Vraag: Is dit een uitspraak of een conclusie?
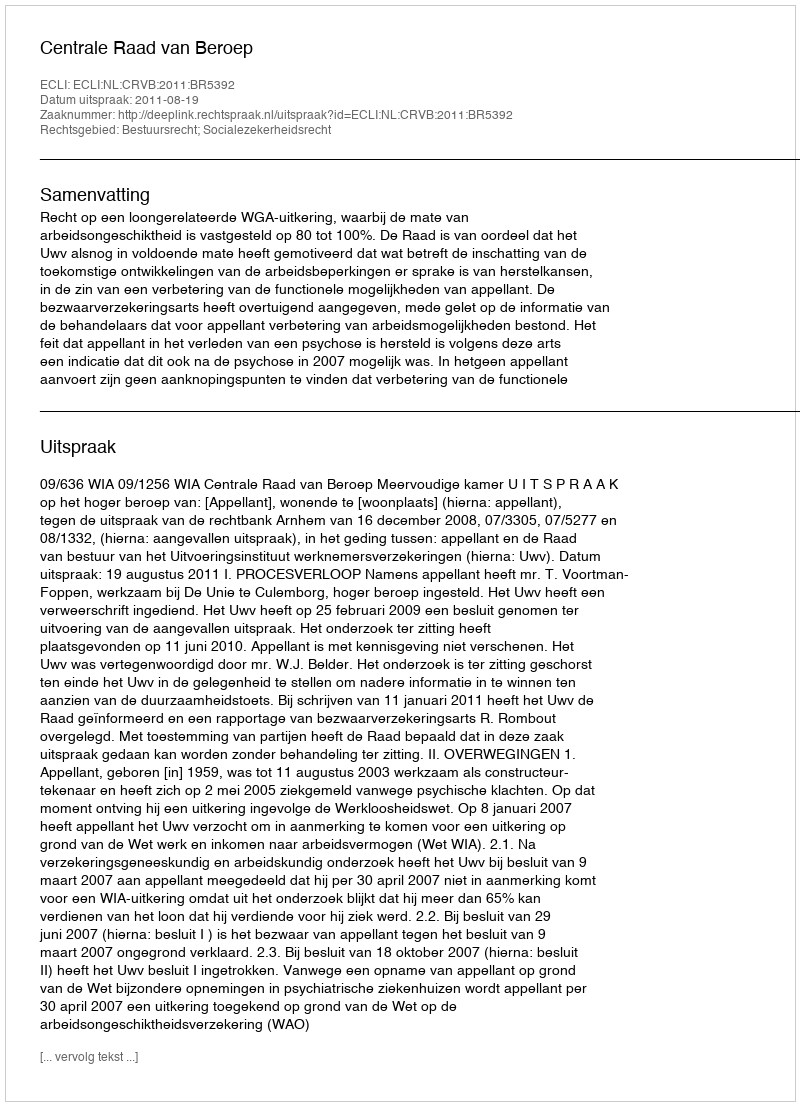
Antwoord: Uitspraak